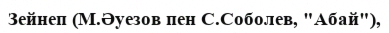
Зейнеп (М.Әуезов пен С.Соболев, "Абай"),